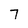
Character: 7